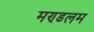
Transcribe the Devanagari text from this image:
मण्डलम